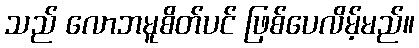
သည် လောဘမူစိတ်ပင် ဖြစ်ပေလိမ့်မည်။